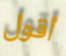
أقول